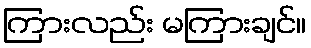
ကြားလည်း မကြားချင်။